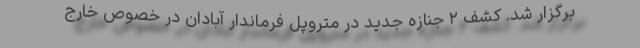
برگزار شد. کشف ۲ جنازه جدید در متروپل فرماندار آبادان در خصوص خارج